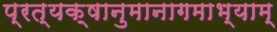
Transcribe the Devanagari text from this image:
प्रत्यक्षानुमानागमाभ्याम्